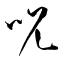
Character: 呪